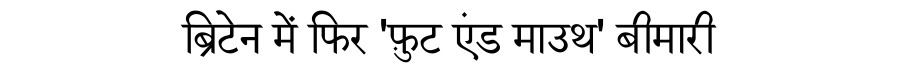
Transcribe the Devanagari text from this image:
ब्रिटेन में फिर 'फ़ुट एंड माउथ' बीमारी